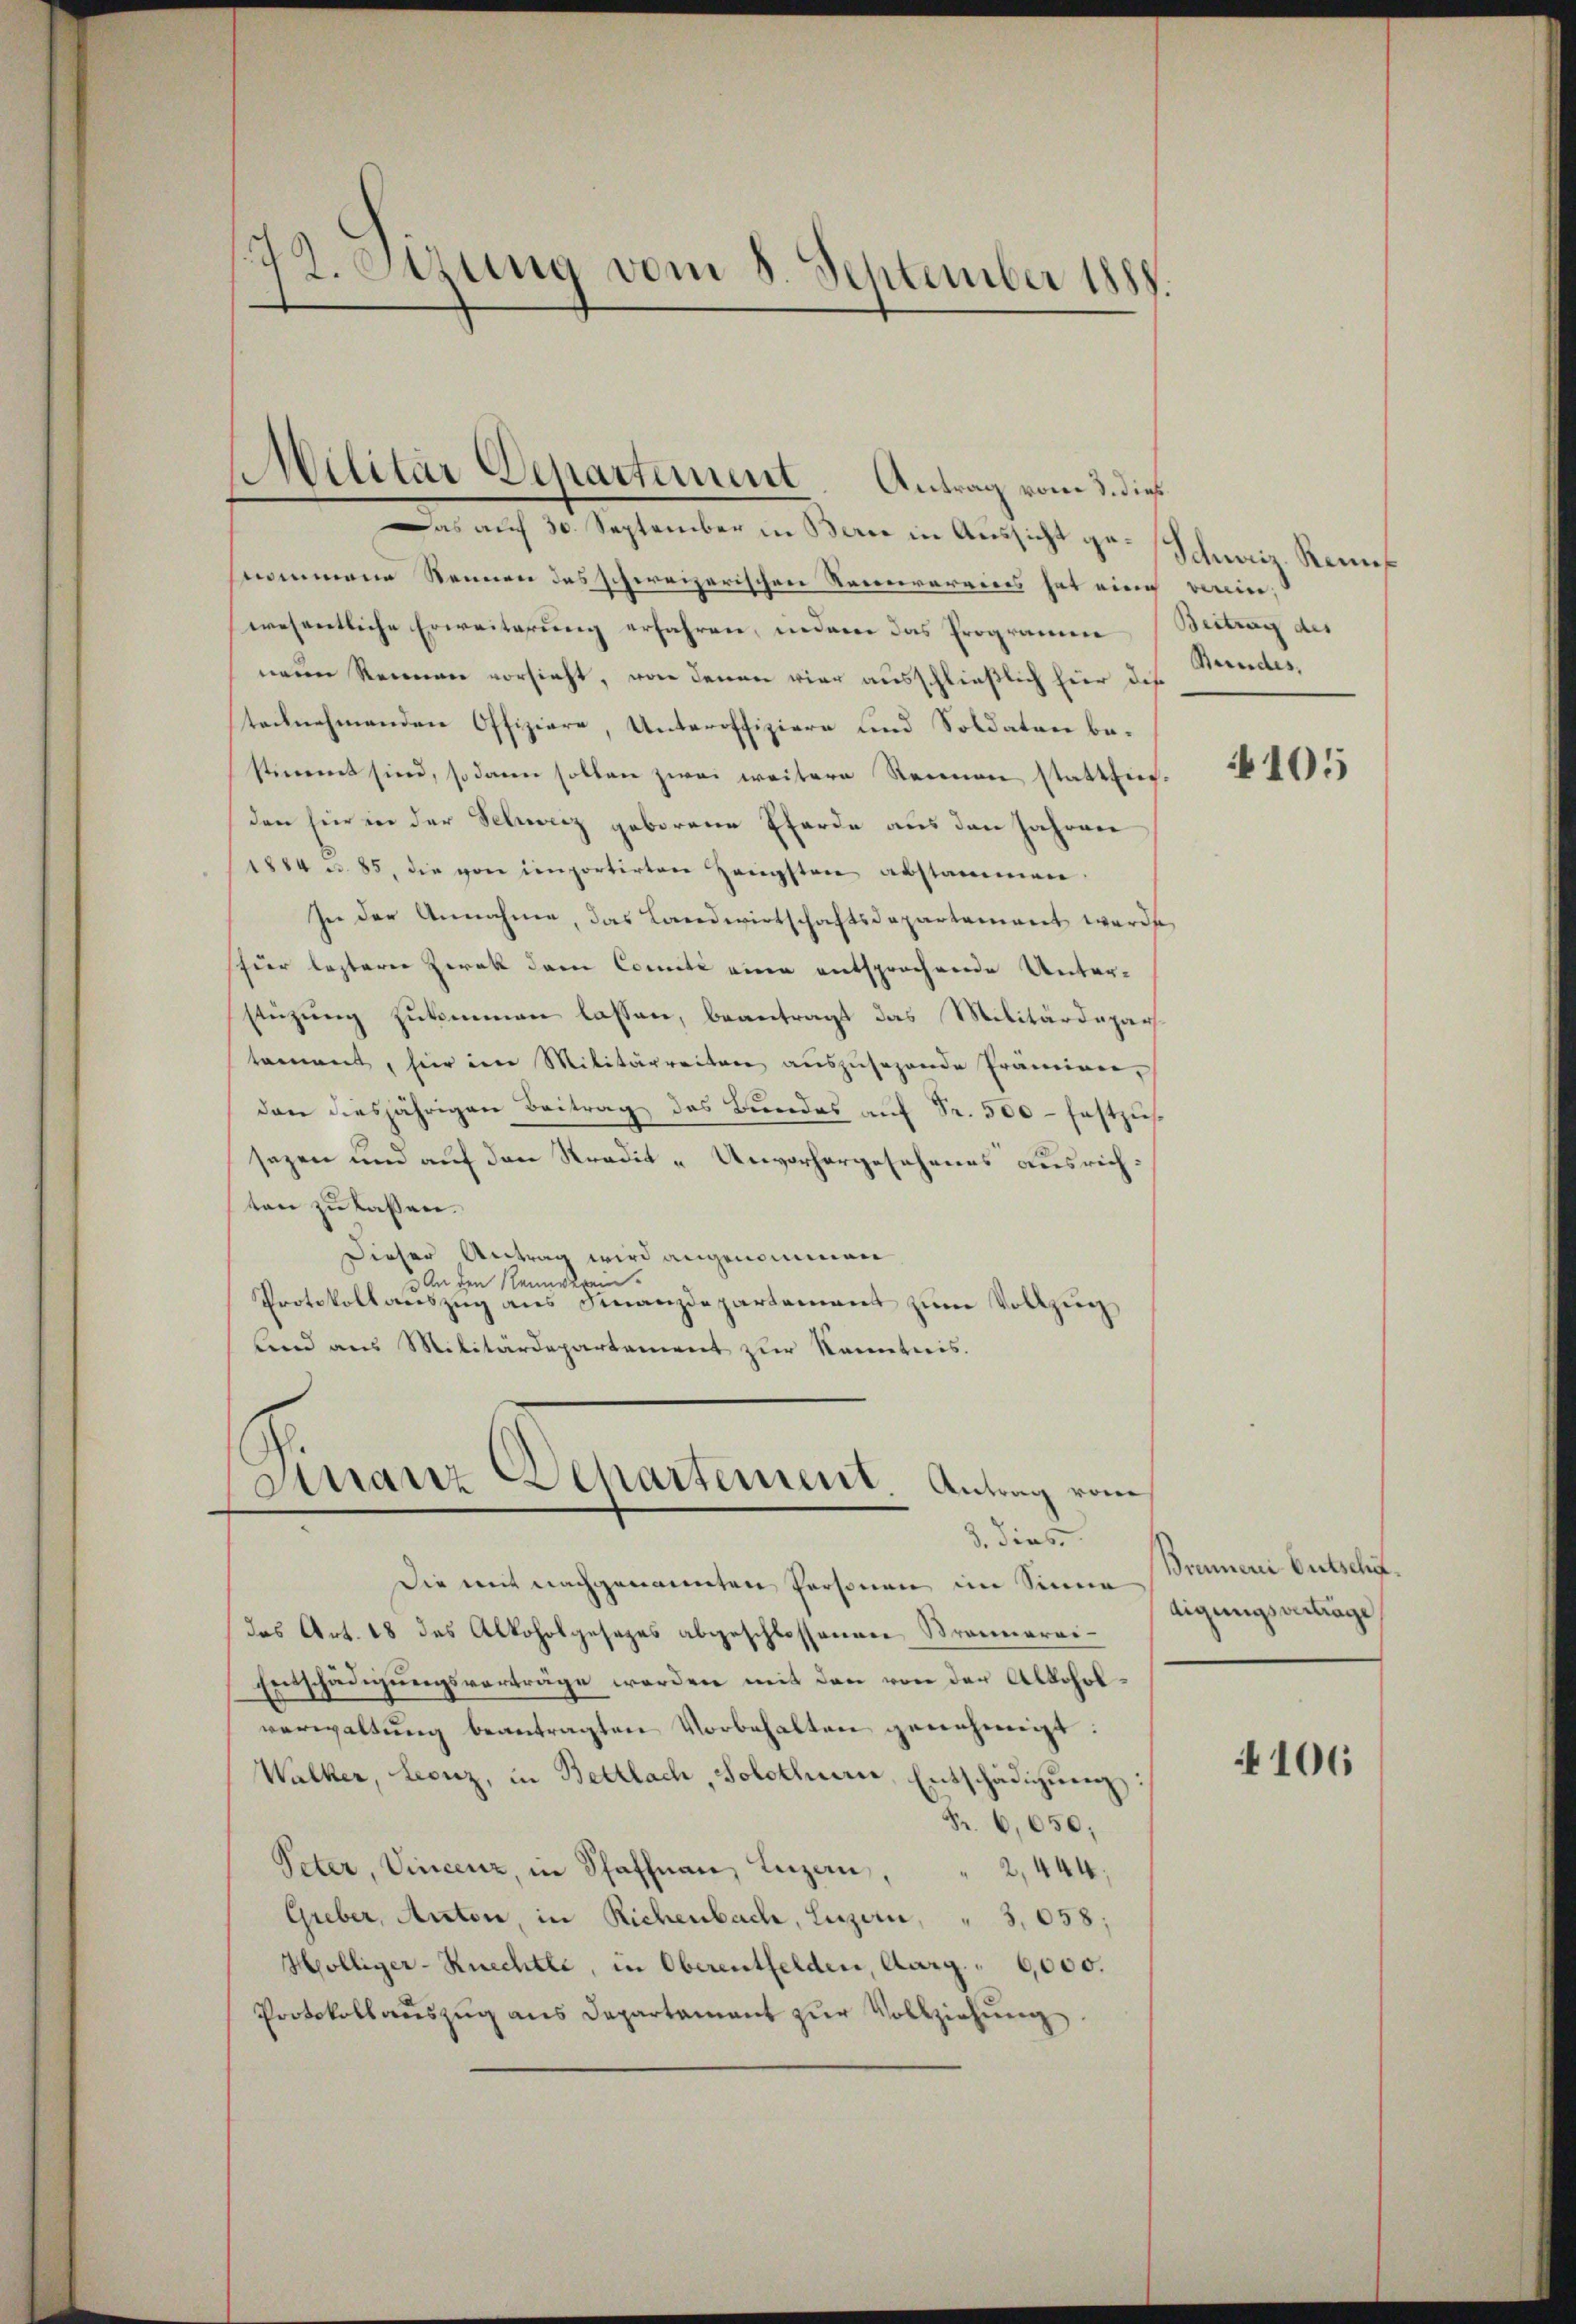
12. Otzung vom 8. September 1888

Das aŭf 30. September in Bern in Aŭssicht ge-Schweiz. Rennt
nommene Nennen des schweizerischen Recurareins hat eine wein,
wesentliche Erweiterung erfahren, indem das Programm (Beitrag des
neun Reinen vorsieht, von denen vier ausschließlich hier die
tocknehmenden Offiziere, Unteroffiziere und Soldaten bestimmt sind, so dann sollen zwei weitere Reinen stattfic-
den hier in der Schweiz geborene Eferde aus den Jahren
1884 u. 85, die von importirten Hengsten abstammen
sei der Annahme, das Landwirtschaftsdepartement werde
für lezterer Zirak dem Comité eine entsprochende Unter-
stüzŭng zukommen lassen, beantragt das Militärdepartament, hier im Militärreiten aŭszŭsehende Prämien,
dan diesjährigen Beitrag des Bundes auf Fr. 500 - festzus
sazen und auf den Stradit- Unvorhergesehenes ausrichten zu lassen.
Dieser Antrag wird angenommen
3 An den Neunverein¬
Protokollauszug aus Finanzdepartement zum Vollzug
lend aus Militärdepartament zur Kenntnis.

Militär Departement. Antrag vom 3. dieß

Sarranz Departement. Antrag vom
3. dies

Die mit nachgenanten Personen im Sinne
das Art. 18 des Alkoholgesezes abgeschlossenen Brannerei¬
Entschädigungsvorträge werden mit den von der Alkoholverwaltung beantragten Vorbehalten genehmigt.
Walker, Leonz, in Bettlach, Solothurer, Entschädigŭng:
Fr. 6,050,
Peter, Vincenz, in Schaffnen, Luzern, " 2,444,
Greber, Anton, in Richenbach, Luzern, " 3,658;
Hölliger-Riechtle, in Oberentfelden, Aarg. " 6,000.
Protokollauszug aus Departament zŭr Vollziehung.

Bundes.

105

Brennerei Gutschädigungsverträge

106